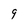
Character: 9